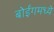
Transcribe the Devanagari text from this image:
बोईंगमध्ये